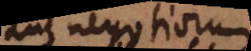
aut negotiorum